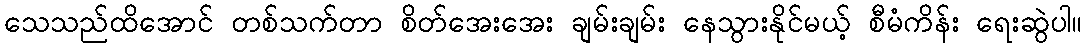
သေသည်ထိအောင် တစ်သက်တာ စိတ်အေးအေး ချမ်းချမ်း နေသွားနိုင်မယ့် စီမံကိန်း ရေးဆွဲပါ။